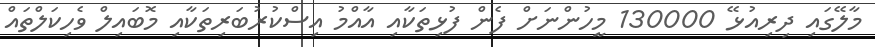
މާލޭގައި ދިރިއުޅޭ 130000 މީހުންނަށް ފެން ފުޅިތަކާއި އާއްމު އިސްކުރުބަރިތަކާއި މޮބައިލް ވެހިކަލްތައް